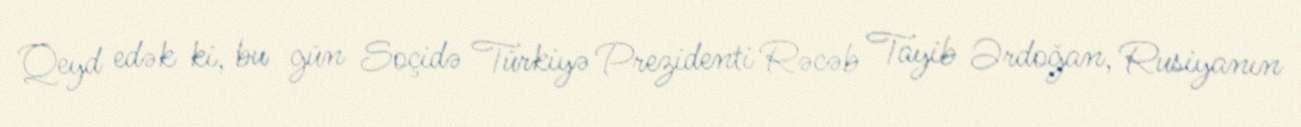
Qeyd edək ki, bu gün Soçidə Türkiyə Prezidenti Rəcəb Tayib Ərdoğan, Rusiyanın